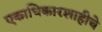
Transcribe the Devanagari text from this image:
एकाधिकारशाहीचे